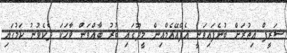
ޝަރީފް އިތުރަށް ބުނެފައިވަނީ އެފްއޭއެމްއިން މީދޫގައި ބުރު ބާއްވަން ވާހަކަ ދެކެވުނު ކަމުގައި